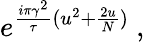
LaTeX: e^{{\frac{i\pi\gamma^{2}}{\tau}}(u^{2}+{\frac{2u}{N}})}\ ,